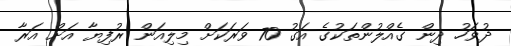
ދުވަހު ދިން ގެއްލުންތަކުގެ އަގު 70 ވަރަކަށް މިލިއަން ރުފިޔާ އަށް އަރާ